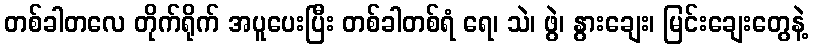
တစ်ခါတလေ တိုက်ရိုက် အပူပေးပြီး တစ်ခါတစ်ရံ ရေ၊ သဲ၊ ဖွဲ၊ နွားချေး၊ မြင်းချေးတွေနဲ့